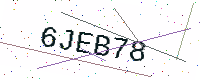
Text: 6JEB78